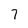
Character: 7